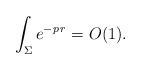
\begin{align*} \int_\Sigma e^{- p \, r} = O (1).\end{align*}